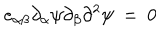
LaTeX: e _ { \alpha \beta } \partial _ { \alpha } \psi \partial _ { \beta } \partial ^ { 2 } \psi ~ = ~ 0